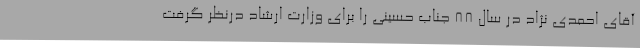
آقای احمدی نژاد در سال 88 جناب حسینی را برای وزارت ارشاد درنظر گرفت